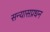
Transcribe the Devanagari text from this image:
सन्यासप्रधन